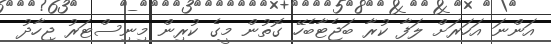
އަންނަ އަހަރަށް ލަފާ ކުރާ ބަޖެޓާބެހޭ ގޮތުން މީގެ ކުރިން މިނިސްޓަރު ޖިހާދު